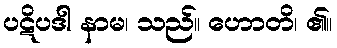
ပဋိပဒါ နာမ၊ သည်။ ဟောတိ၊ ၏။